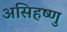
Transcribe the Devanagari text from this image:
असिहष्णु